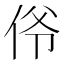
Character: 𫢜